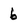
Character: 6